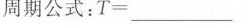
周期公式：$$T = ___$$